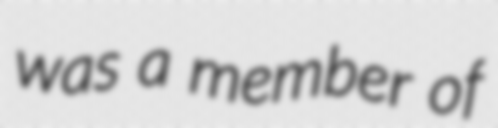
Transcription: was a member of